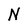
Character: N